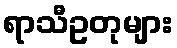
ရာသီဥတုများ